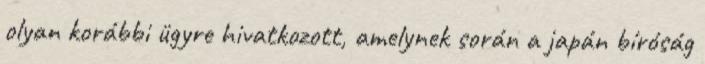
olyan korábbi ügyre hivatkozott, amelynek során a japán bíróság